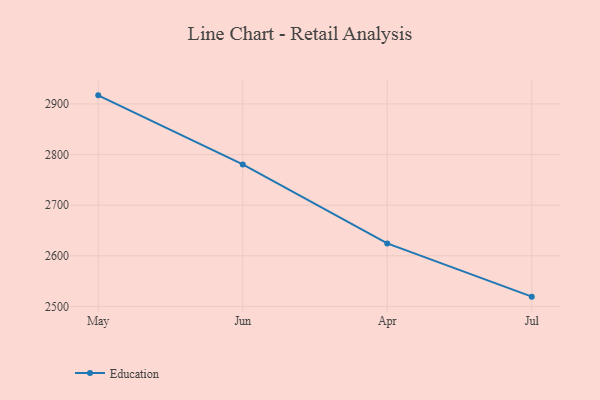
{"axis": {"x": "Month", "y": "LTV (USD)"}, "legend": ["Education"], "data": [{"x": "May", "y": 2917.0, "type": "Education"}, {"x": "Jun", "y": 2780.6, "type": "Education"}, {"x": "Apr", "y": 2624.4, "type": "Education"}, {"x": "Jul", "y": 2519.3, "type": "Education"}]}